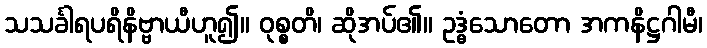
သသင်္ခါရပရိနိဗ္ဗာယီဟူ၍။ ဝုစ္စတိ၊ ဆိုအပ်၏။ ဥဒ္ဓံသောတော အကနိဋ္ဌဂါမီ၊